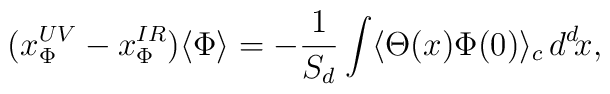
(x_\Phi^{UV}-x_\Phi^{IR})\langle\Phi\rangle=-{1\over S_d}\int\langle\Theta(x)\Phi(0)\rangle_c\, d^d\!x,